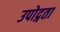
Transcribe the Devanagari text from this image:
उपोद्गता